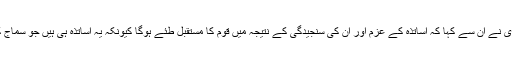
اساتذہ کے نام اپنے ایک ای میل پیام میں مودی نے ان سے کہا کہ اساتذہ کے عزم اور ان کی سنجیدگی کے نتیجہ میں قوم کا مستقبل طئے ہوگا کیونکہ یہ اساتذہ ہی ہیں جو سماج کی تعمیر کے کام کیلئے بنیادیں رکھتے ہیں۔